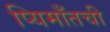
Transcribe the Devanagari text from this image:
प्यिमाँतची